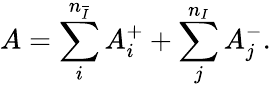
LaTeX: A=\sum_{i}^{n_{\overline{{{I}}}}}A_{i}^{+}+\sum_{j}^{n_{I}}A_{j}^{-}.